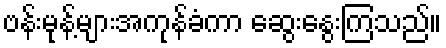
ဗန်းမုန့်များအကုန်ခံကာ ဆွေးနွေးကြသည်။